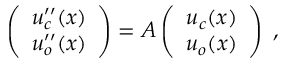
\begin{array} { r } { \left( \begin{array} { c } { u _ { c } ^ { \prime \prime } ( x ) } \\ { u _ { o } ^ { \prime \prime } ( x ) } \end{array} \right) = A \left( \begin{array} { c } { u _ { c } ( x ) } \\ { u _ { o } ( x ) } \end{array} \right) \; , } \end{array}